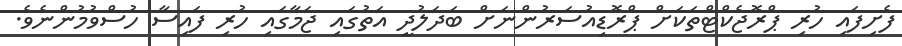
ފެށިފައި ހުރި ޕްރޮޖެކްޓްތަކަށް ޕްރޮޑިއުސަރުންނަށް ބަދަލުދީ އަތުގައި ޖަމާގައި ހުރި ފައިސާ ހުސްވުމުންނެވެ.